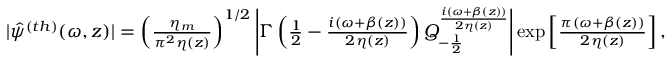
\begin{array} { r } { \! \! \! \! \! \! \! | \hat { \psi } ^ { ( t h ) } ( \omega , z ) | = \left( \frac { \eta _ { m } } { \pi ^ { 2 } \eta ( z ) } \right) ^ { 1 / 2 } \left| \Gamma \left( \frac { 1 } { 2 } - \frac { i ( \omega + \beta ( z ) ) } { 2 \eta ( z ) } \right) Q _ { - \frac { 1 } { 2 } } ^ { \frac { i ( \omega + \beta ( z ) ) } { 2 \eta ( z ) } } \right| \exp \left[ \frac { \pi ( \omega + \beta ( z ) ) } { 2 \eta ( z ) } \right] , } \end{array}